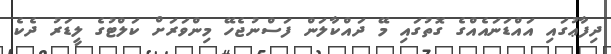
ދިފާޢުގައި އައްޑަނައެއްގެ ގޮތުގައި މޭ ދައްކާލަން ފަސްނުޖެހޭ މިންވަރަށް ކަލްޓުގެ ލީޑަރު ދެކެ